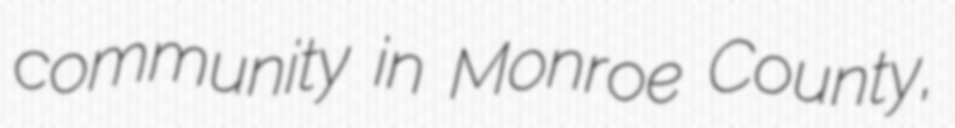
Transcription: community in Monroe County,